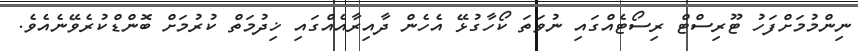
ނިންމުމަށްފަހު ޓޫރިސްޓް ރިސޯޓެއްގައި ނުވަތަ ކޯހާގުޅޭ އެހެން ދާއިރާއެއްގައި ޚިދުމަތް ކުރުމަށް ބޮންޑްކުރެވޭނެއެވެ.